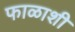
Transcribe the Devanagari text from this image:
फाळाशी